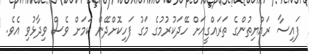
ފައިސާ ރައްޔިތުންގެ ތަރައްގީއަށް ހޭދަކުރުމުގެ މަގު ފަހިކޮށްދޭން ކަމަށް ވެސް ވިދާޅުވި އެވެ.